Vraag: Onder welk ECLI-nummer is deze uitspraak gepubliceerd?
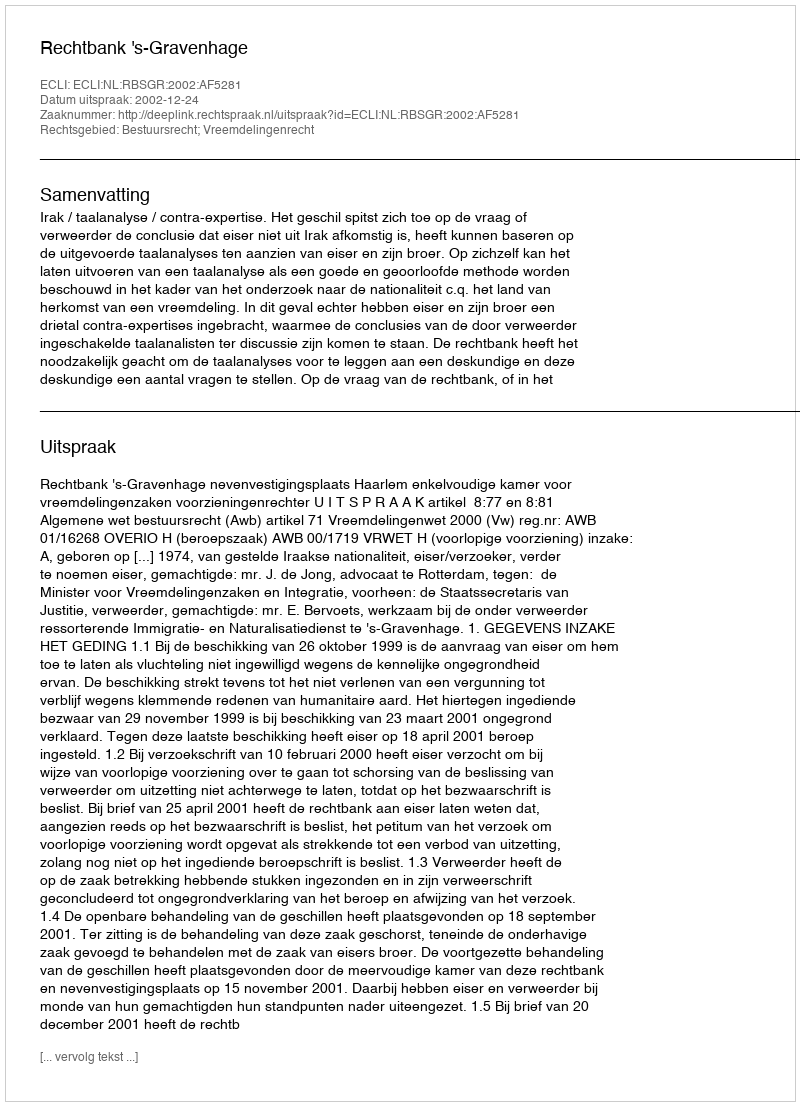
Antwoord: ECLI:NL:RBSGR:2002:AF5281